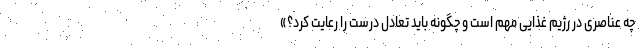
چه عناصری در رژیم غذایی مهم است و چگونه باید تعادل درست را رعایت کرد؟»